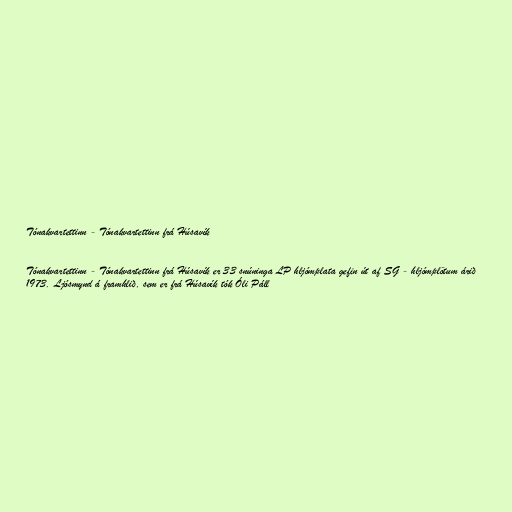
Tónakvartettinn - Tónakvartettinn frá Húsavík

Tónakvartettinn - Tónakvartettinn frá Húsavík er 33 snúninga LP hljómplata gefin út af SG - hljómplötum árið
1973. Ljósmynd á framhlið, sem er frá Húsavík tók Óli Páll